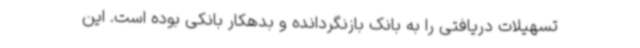
تسهیلات دریافتی را به بانک بازنگردانده و بدهکار بانکی بوده است. این